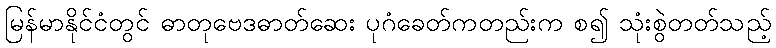
မြန်မာနိုင်ငံတွင် ဓာတုဗေဒဓာတ်ဆေး ပုဂံခေတ်ကတည်းက စ၍ သုံးစွဲတတ်သည့်